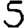
Digit: 5